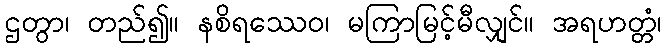
ဌတွာ၊ တည်၍။ နစိရဿေဝ၊ မကြာမြင့်မီလျှင်။ အရဟတ္တံ၊